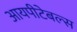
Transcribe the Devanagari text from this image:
आयपीटेबल्स